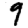
Digit: 9